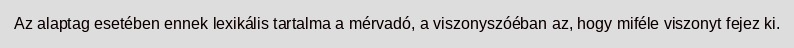
Az alaptag esetében ennek lexikális tartalma a mérvadó, a viszonyszóéban az, hogy miféle viszonyt fejez ki.